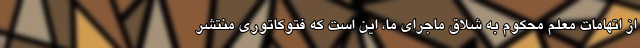
از اتهامات معلم محکوم به شلاق ماجرای ما، این است که فتوکاتوری منتشر